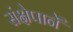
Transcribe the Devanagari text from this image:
संक्षेपानें